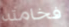
فخامته